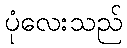
ပုံလေးသည်